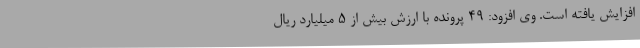
افزایش یافته است. وی افزود: 49 پرونده با ارزش بیش از 5 میلیارد ریال